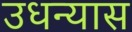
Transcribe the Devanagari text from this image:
उधन्यास